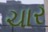
ચાર